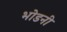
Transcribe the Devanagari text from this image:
भोडनी